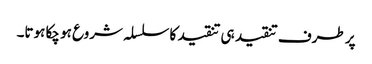
پر طرف تنقید ہی تنقید کا سلسلہ شروع ہو چکا ہوتا۔